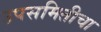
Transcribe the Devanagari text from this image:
उपसमितीचा